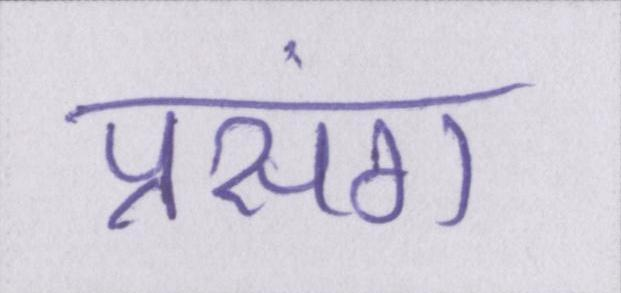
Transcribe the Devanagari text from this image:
प्रसंग